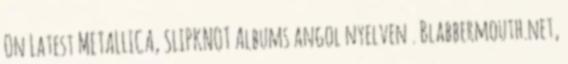
On Latest METALLICA, SLIPKNOT Albums angol nyelven . Blabbermouth.net,